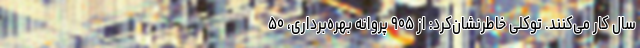
سال کار می‌کنند. توکلی خاطرنشان‌کرد: از ۹۰۵ پروانه بهره‌برداری، ۵۰